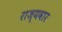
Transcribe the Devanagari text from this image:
राज्‍यवार